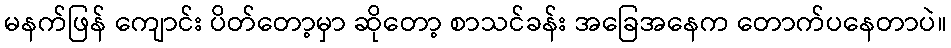
မနက်ဖြန် ကျောင်း ပိတ်တော့မှာ ဆိုတော့ စာသင်ခန်း အခြေအနေက တောက်ပနေတာပဲ။